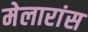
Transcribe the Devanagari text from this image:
मेलारांस